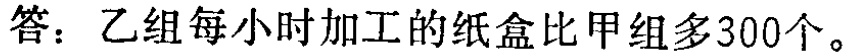
答：乙组每小时加工的纸盒比甲组多300个。